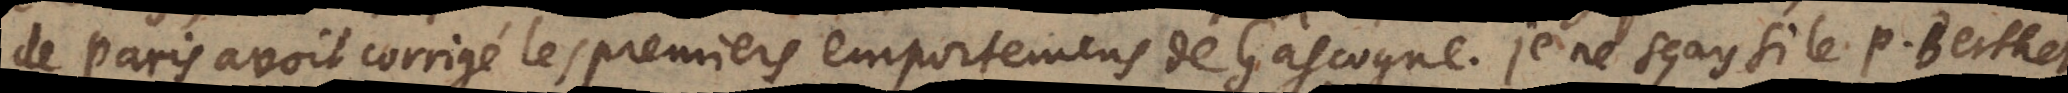
de Paris avoit corrigé les premiers emportemens de Gascogne. Je ne sçay si le P. Berthet